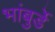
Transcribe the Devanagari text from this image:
भांबुर्डे